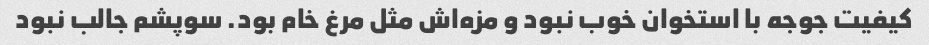
کیفیت جوجه با استخوان خوب نبود و مزه‌اش مثل مرغ خام بود. سوپشم جالب نبود